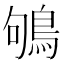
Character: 鴝